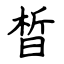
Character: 晢